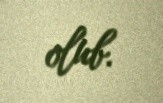
olub.